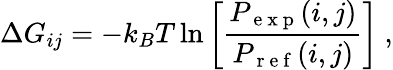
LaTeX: \Delta G_{ij}=-k_{B}T\ln\left[\frac{P_{\mathrm{~e~x~p~}}(i,j)}{P_{\mathrm{~r~e~f~}}(i,j)}\right]~,